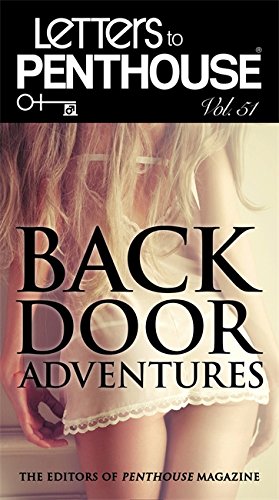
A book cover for Letters to Penthouse Vol. 51: Backdoor Adventures; Penthouse International; Romance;